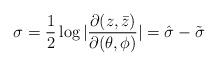
LaTeX: \begin{align*}\sigma = {1\over 2}\log|{{\partial (z,\bar z)}\over{\partial(\theta,\phi)}}|= \hat\sigma - \tilde\sigma\end{align*}